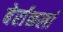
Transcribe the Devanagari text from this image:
बेर्राकलां